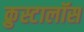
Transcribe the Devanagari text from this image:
क्रुस्टालॉस